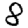
Digit: 8